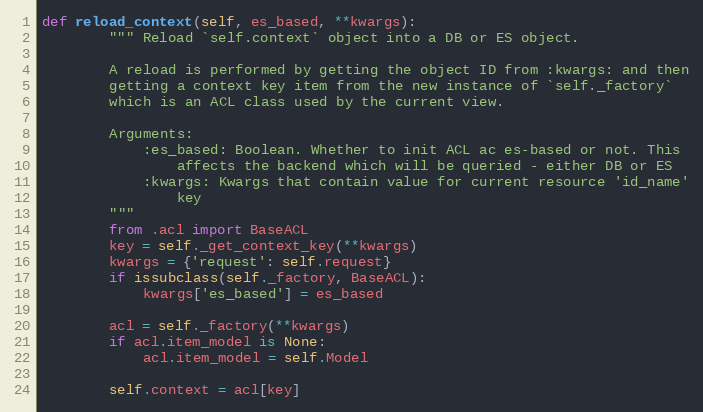
Language: Python
def reload_context(self, es_based, **kwargs):
        """ Reload `self.context` object into a DB or ES object.

        A reload is performed by getting the object ID from :kwargs: and then
        getting a context key item from the new instance of `self._factory`
        which is an ACL class used by the current view.

        Arguments:
            :es_based: Boolean. Whether to init ACL ac es-based or not. This
                affects the backend which will be queried - either DB or ES
            :kwargs: Kwargs that contain value for current resource 'id_name'
                key
        """
        from .acl import BaseACL
        key = self._get_context_key(**kwargs)
        kwargs = {'request': self.request}
        if issubclass(self._factory, BaseACL):
            kwargs['es_based'] = es_based

        acl = self._factory(**kwargs)
        if acl.item_model is None:
            acl.item_model = self.Model

        self.context = acl[key]